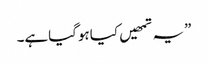
”یہ تمھیں کیاہوگیاہے۔